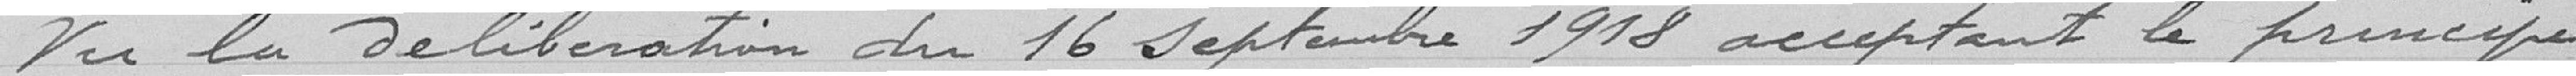
Vu la déliération du 16 septembre 1918 acceptant le principe